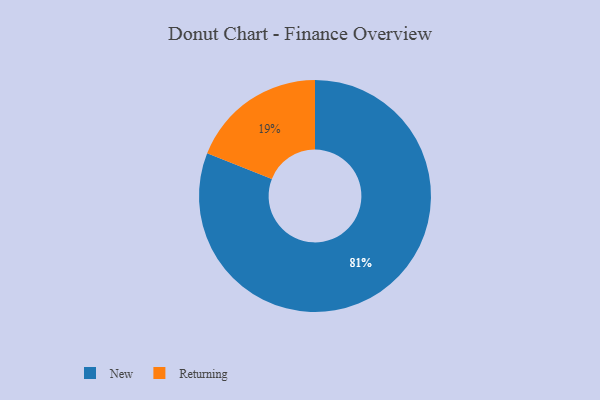
{"axis": {"x": "Category", "y": "Percentage"}, "legend": ["New", "Returning"], "data": [{"x": "New", "y": 81, "type": "New"}, {"x": "Returning", "y": 19, "type": "Returning"}]}